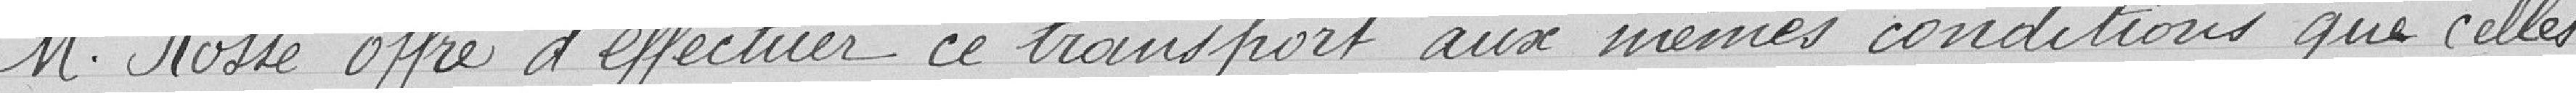
M. Rossé offre d'effectuer ce transport aux mêmes conditions que celles